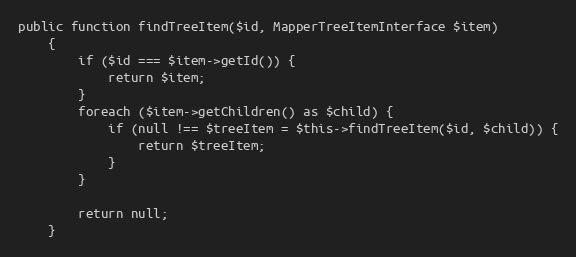
Language: PHP
public function findTreeItem($id, MapperTreeItemInterface $item)
    {
        if ($id === $item->getId()) {
            return $item;
        }
        foreach ($item->getChildren() as $child) {
            if (null !== $treeItem = $this->findTreeItem($id, $child)) {
                return $treeItem;
            }
        }

        return null;
    }